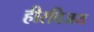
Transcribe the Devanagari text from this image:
हीरविजय